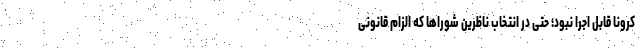
کرونا قابل اجرا نبود؛ حتی در انتخاب ناظرین شوراها که الزام قانونی